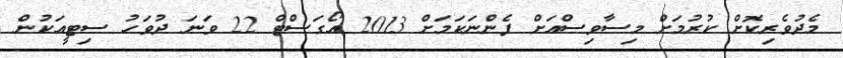
މެދުވެރިކޮށް ކުރުމަށް މިސާވިސްއަށް ފެންނަކަމަށް 2013 އޯގަސްޓް 22 ވަނަ ދުވަހު ސިޓީއަކުން